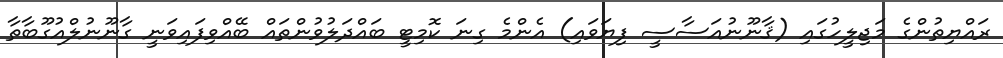
ރައްޔިތުންގެ މަޖިލީހުގައި (ޤާނޫނުއަސާސީ ފިޔަވައި) އެންމެ ގިނަ ކޮމިޓީ ބައްދަލުވުންތައް ބޭއްވިފައިވަނީ ގާނޫނުލްއުގޫބާތާ